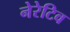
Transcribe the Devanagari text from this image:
नेरेटिव